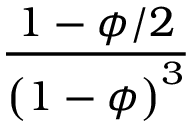
\displaystyle \frac { 1 - \phi / 2 } { \bigl ( 1 - \phi \bigr ) ^ { 3 } }